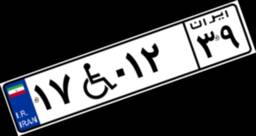
۸۹W۷۵۸۹۹